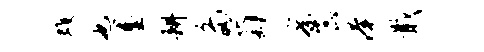
蠖也墨耕多萄察蕊淹戢